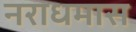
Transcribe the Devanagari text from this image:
नराधमास